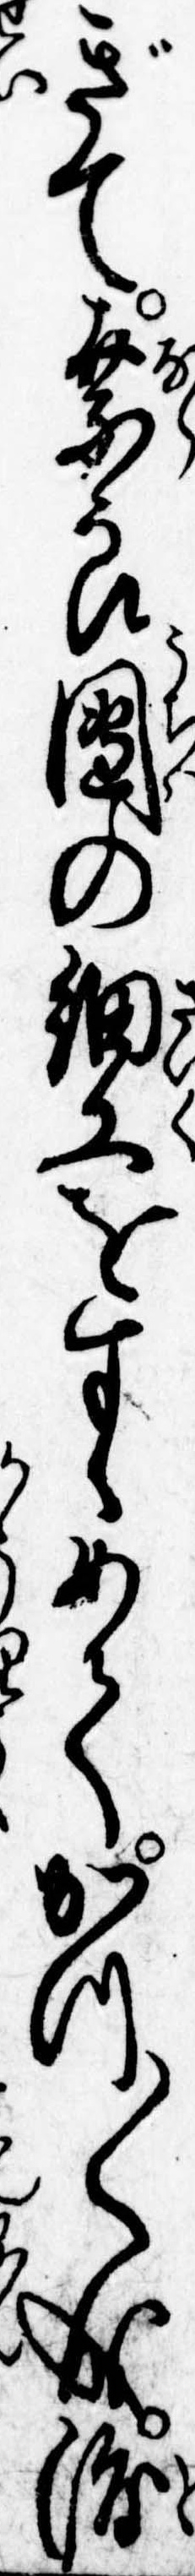
ぎて奈良団の細工をすゝめてかつ〱成渡